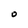
Character: O